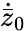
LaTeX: \dot{\bar{z}}_{0}